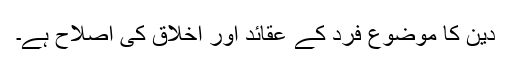
دین کا موضوع فرد کے عقائد اور اخلاق کی اصلاح ہے۔